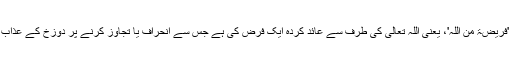
مزید یہ کہ ان کی حیثیت 'فَرِیْضَۃٌ مِّنَ اللّٰہِ'، یعنی اللہ تعالیٰ کی طرف سے عائد کردہ ایک فرض کی ہے جس سے انحراف یا تجاوز کرنے پر دوزخ کے عذاب کی دھمکی دی گئی ہے۔